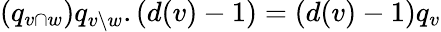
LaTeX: (q_{v\cap w})q_{v\setminus w}.(d(v)-1)=(d(v)-1)q_{v}